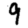
Digit: 9